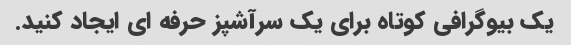
یک بیوگرافی کوتاه برای یک سرآشپز حرفه ای ایجاد کنید.